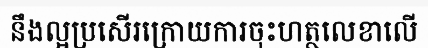
នឹងល្អប្រសើរក្រោយការចុះហត្ថលេខាលើ